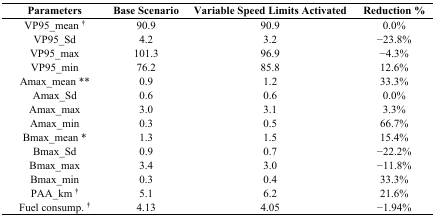
| Parameters | Base Scenario | Variable Speed Limits Activated | Reduction % |
 | --- | --- | --- | --- |
 | VP95_mean † | 90.9 | 90.9 | 0.0% |
 | VP95_Sd | 4.2 | 3.2 | −23.8% |
 | VP95_max | 101.3 | 96.9 | −4.3% |
 | VP95_min | 76.2 | 85.8 | 12.6% |
 | Amax_mean ** | 0.9 | 1.2 | 33.3% |
 | Amax_Sd | 0.6 | 0.6 | 0.0% |
 | Amax_max | 3.0 | 3.1 | 3.3% |
 | Amax_min | 0.3 | 0.5 | 66.7% |
 | Bmax_mean * | 1.3 | 1.5 | 15.4% |
 | Bmax_Sd | 0.9 | 0.7 | −22.2% |
 | Bmax_max | 3.4 | 3.0 | −11.8% |
 | Bmax_min | 0.3 | 0.4 | 33.3% |
 | PAA_km † | 5.1 | 6.2 | 21.6% |
 | Fuel consump. † | 4.13 | 4.05 | −1.94% |